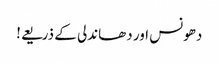
دھونس اور دھاندلی کے ذریعے!